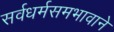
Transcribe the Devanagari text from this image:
सर्वधर्मसमभावाने